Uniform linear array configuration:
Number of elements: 48
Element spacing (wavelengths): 0.25
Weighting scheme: hann
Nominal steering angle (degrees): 0
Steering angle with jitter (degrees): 1.815
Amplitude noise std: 0.05
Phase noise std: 0.05

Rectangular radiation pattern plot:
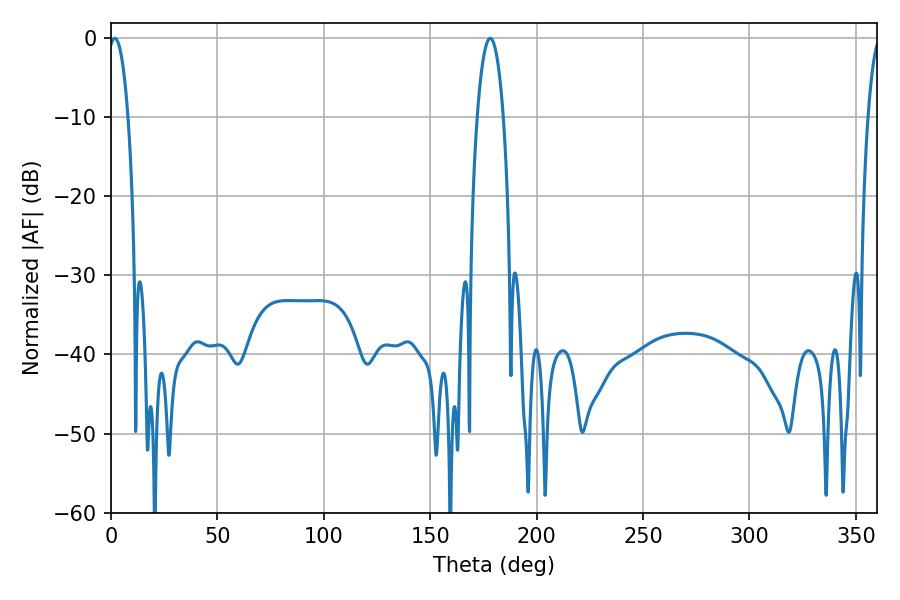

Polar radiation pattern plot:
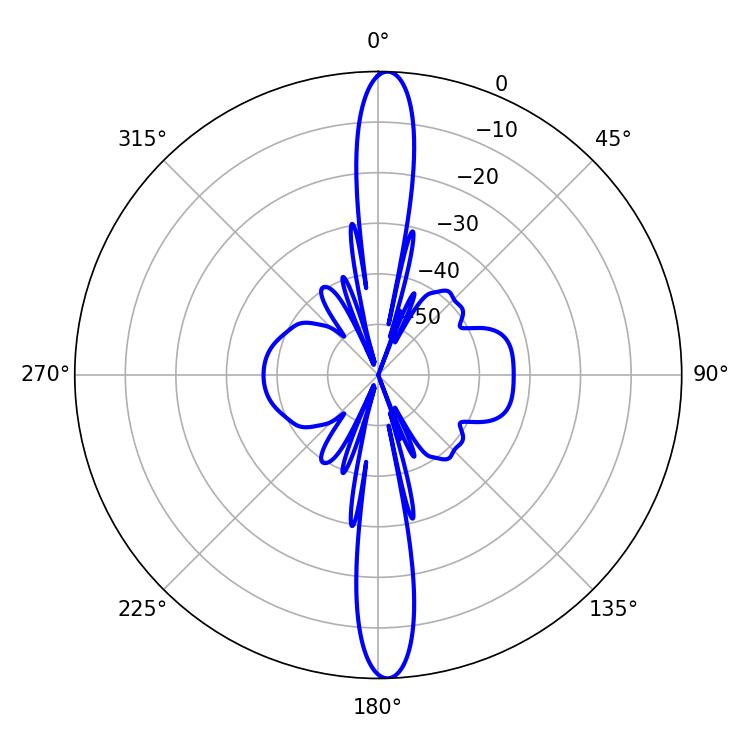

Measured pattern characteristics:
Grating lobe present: FALSE
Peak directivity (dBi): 23.797
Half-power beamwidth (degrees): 5.22
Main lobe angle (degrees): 1.8